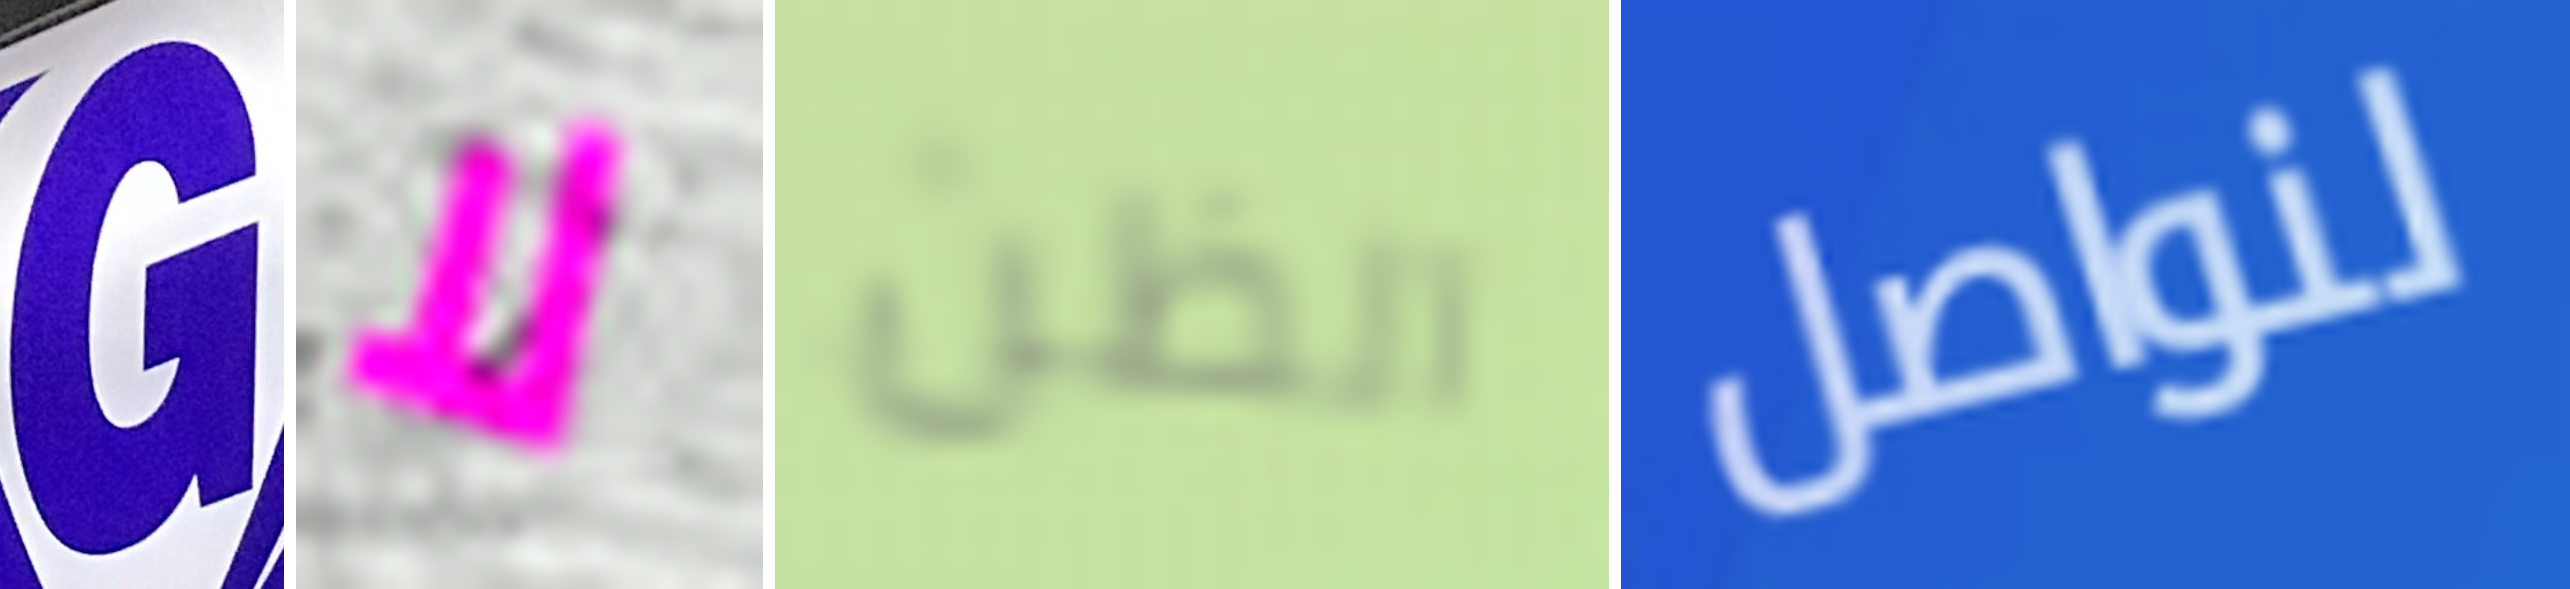
G لا الظن لنواصل